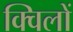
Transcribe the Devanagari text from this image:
क्विलों